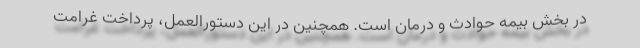
در بخش بیمه حوادث و درمان است. همچنین در این دستورالعمل، پرداخت غرامت